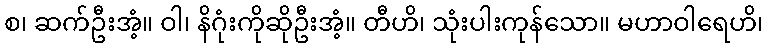
စ၊ ဆက်ဦးအံ့။ ဝါ၊ နိဂုံးကိုဆိုဦးအံ့။ တီဟိ၊ သုံးပါးကုန်သော။ မဟာဝါရေဟိ၊